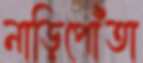
নাড়িপোঁতা